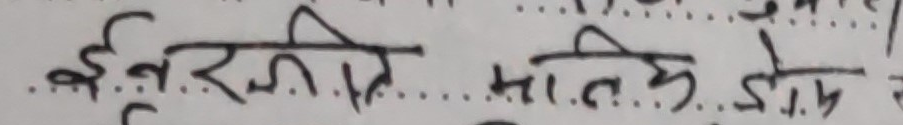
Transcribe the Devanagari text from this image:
इन्टरनेट मालिक डोमेन